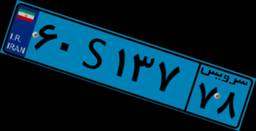
۷۱S۷۴۹۹۱